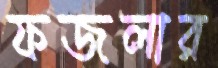
ফজলার